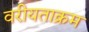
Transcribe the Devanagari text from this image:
वरीयताक्रम